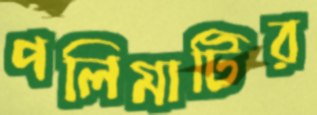
পলিমাটির